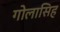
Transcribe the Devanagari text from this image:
गोलासिह